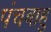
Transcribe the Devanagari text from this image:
पंचबाहु